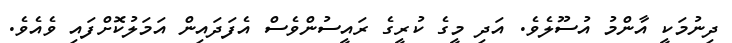
ދިނުމަކީ އާންމު އުސޫލެވެ. އަދި މީގެ ކުރީގެ ރައީސުންވެސް އެފަދައިން އަމަލުކޮށްފައި ވެއެވެ.